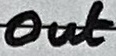
Text: Out